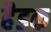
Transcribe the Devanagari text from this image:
हैडक